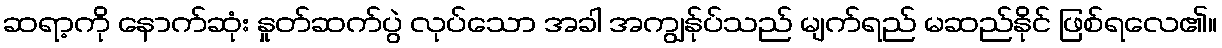
ဆရာ့ကို နောက်ဆုံး နှုတ်ဆက်ပွဲ လုပ်သော အခါ အကျွန်ုပ်သည် မျက်ရည် မဆည်နိုင် ဖြစ်ရလေ၏။